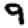
Digit: 9